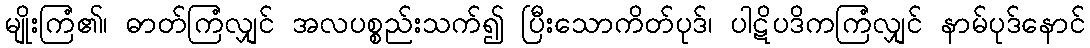
မျိုးကြံ၏၊ ဓာတ်ကြံလျှင် အလပစ္စည်းသက်၍ ပြီးသောကိတ်ပုဒ်၊ ပါဋိပဒိကကြံလျှင် နာမ်ပုဒ်နောင်